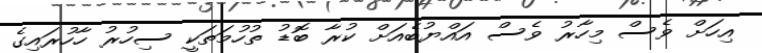
އިހަށް ވެސް މިހާރު ވެސް އައްޔުބެއަށް ކުރާ ބޮޑު ތުހުމަތަކީ ސިހުރު ހާހުރައިގެ